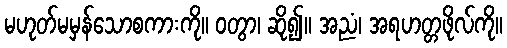
မဟုတ်မမှန်သောစကားကို။ ဝတွာ၊ ဆို၍။ အညံ၊ အရဟတ္တဖိုလ်ကို။